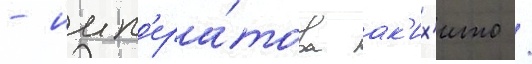
- имп'ера́тора ак'их'ито /